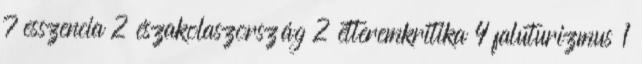
7 esszencia 2 északolaszország 2 étteremkritika 4 faluturizmus 1